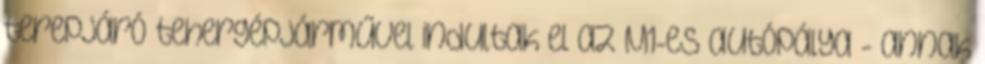
terepjáró tehergépjárművel indultak el az M1-es autópálya - annak